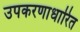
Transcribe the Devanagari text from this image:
उपकरणाधारित